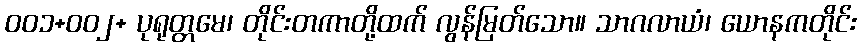
၀၀၁+၀၀၂+ ပုရုတ္တမေ၊ တိုင်းတကာတို့ထက် လွန်မြတ်သော။ သာဂလာယံ၊ ယောနကတိုင်း